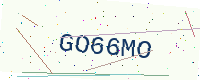
Text: GO66MO